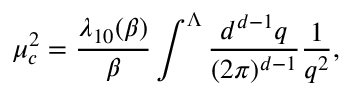
\mu _ { c } ^ { 2 } = \frac { \lambda _ { 1 0 } ( \beta ) } { \beta } \int ^ { \Lambda } \frac { d ^ { d - 1 } q } { ( 2 \pi ) ^ { d - 1 } } \frac { 1 } { q ^ { 2 } } ,